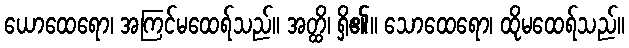
ယောထေရော၊ အကြင်မထေရ်သည်။ အတ္ထိ၊ ရှိ၏။ သောထေရော၊ ထိုမထေရ်သည်။